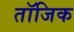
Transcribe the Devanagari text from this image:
तॉजिक